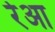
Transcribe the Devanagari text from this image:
रेआ